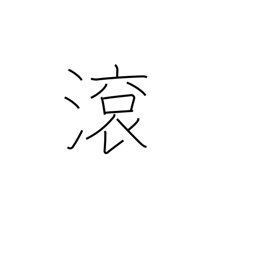
Meaning: flow